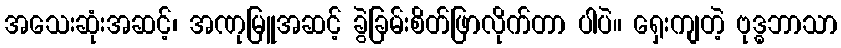
အသေးဆုံးအဆင့်၊ အဏုမြူအဆင့် ခွဲခြမ်းစိတ်ဖြာလိုက်တာ ပါပဲ။ ရှေးကျတဲ့ ဗုဒ္ဓဘာသာ